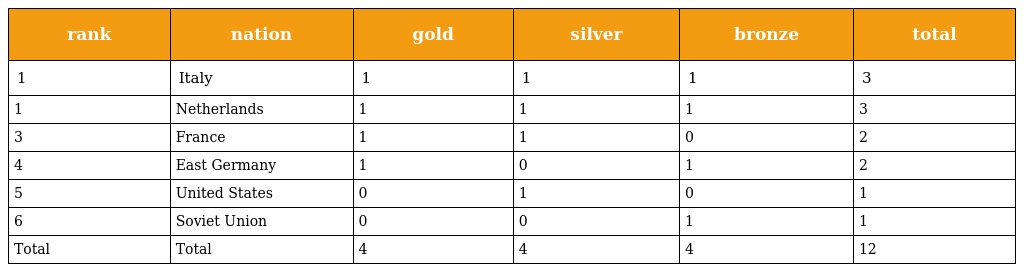
| rank | nation | gold | silver | bronze | total |
 | --- | --- | --- | --- | --- | --- |
 | 1 | Italy | 1 | 1 | 1 | 3 |
 | 1 | Netherlands | 1 | 1 | 1 | 3 |
 | 3 | France | 1 | 1 | 0 | 2 |
 | 4 | East Germany | 1 | 0 | 1 | 2 |
 | 5 | United States | 0 | 1 | 0 | 1 |
 | 6 | Soviet Union | 0 | 0 | 1 | 1 |
 | Total | Total | 4 | 4 | 4 | 12 |